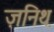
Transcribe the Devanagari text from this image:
ज़निथ़